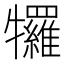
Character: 𭷷